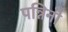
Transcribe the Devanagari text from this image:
पन्निनो